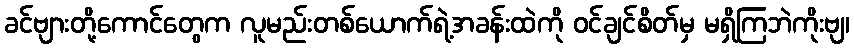
ခင်ဗျားတို့ကောင်တွေက လူမည်းတစ်ယောက်ရဲ့အခန်းထဲကို ဝင်ချင်စိတ်မှ မရှိကြဘဲကိုးဗျ၊